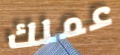
عملك